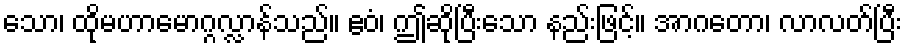
သော၊ ထိုမဟာမောဂ္ဂလ္လာန်သည်။ ဧဝံ၊ ဤဆိုပြီးသော နည်းဖြင့်။ အာဂတော၊ လာလတ်ပြီး